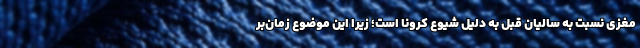
مغزی نسبت به سالیان قبل به دلیل شیوع کرونا است؛ زیرا این موضوع زمان‌بر